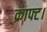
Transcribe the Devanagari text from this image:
क्राफ्ट।